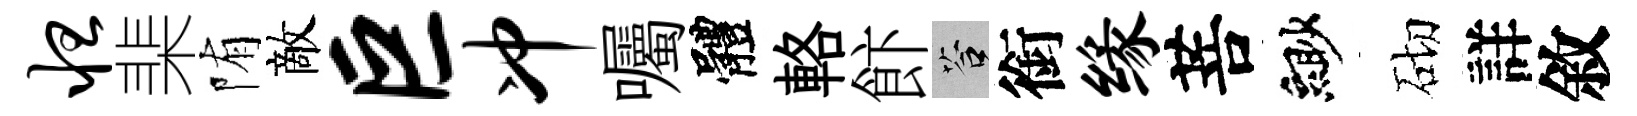
怛棐陏敵巨冲囑體輅飰答銜缘菩緲砌詳敘